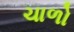
ચાળો